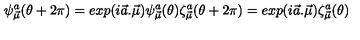
\psi _ { \vec { \mu } } ^ { a } ( \theta + 2 \pi ) = e x p ( i \vec { a } . \vec { \mu } ) \psi _ { \vec { \mu } } ^ { a } ( \theta ) \zeta _ { \vec { \mu } } ^ { a } ( \theta + 2 \pi ) = e x p ( i \vec { a } . \vec { \mu } ) \zeta _ { \vec { \mu } } ^ { a } ( \theta )